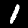
Digit: 1